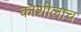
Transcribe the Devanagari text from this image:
काशीलाच